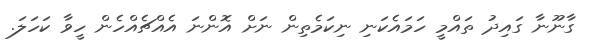
ގާނޫނާ ގައިދު ތައްމީ ހަމައެކަނި ނިކަމެތިން ނަށް އޮންނަ އެއްޗެއްހެން ހީވާ ކަހަލަ.